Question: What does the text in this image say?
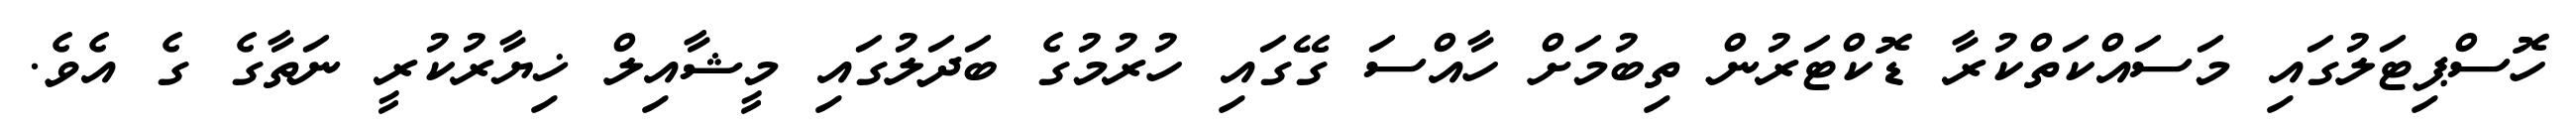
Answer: ހޮސްޕިޓަލުގައި މަސައްކަތްކުރާ ޑޮކްޓަރުން ތިބުމަށް ހާއްސަ ގޭގައި ހުރުމުގެ ބަދަލުގައި މީޝާއިލް ޚިޔާރުކުރީ ނަތާގެ ގެ އެވެ.